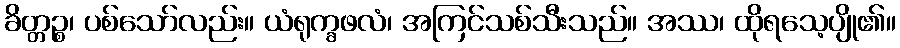
ခိတ္တဉ္စ၊ ပစ်သော်လည်း။ ယံရုက္ခဖလံ၊ အကြင်သစ်သီးသည်။ အဿ၊ ထိုရသေ့ပျို၏။